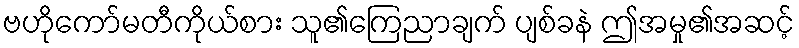
ဗဟိုကော်မတီကိုယ်စား သူ၏ကြေညာချက် ပျစ်ခနဲ ဤအမှု၏အဆင့်